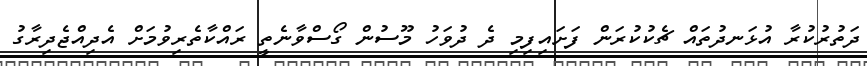
ދަތުރުކުރާ އުޅަނދުތައް ޗެކުކުރަން ފަށައިފިމި ދެ ދުވަހު މޫސުން ގޯސްވާނެތީ ރައްކާތެރިވުމަށް އެދިއްޖެދިރާގު